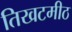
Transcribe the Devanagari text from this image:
तिखटमीठ